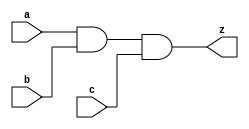
// This program was cloned from: https://github.com/siliconcompiler/lambdalib
// License: MIT License

//#############################################################################
//# Function: 3-Input AND Gate                                                #
//# Copyright: Lambda Project Authors. All rights Reserved.                   #
//# License:  MIT (see LICENSE file in Lambda repository)                     #
//#############################################################################

module la_and3 #(
    parameter PROP = "DEFAULT"
) (
    input  a,
    input  b,
    input  c,
    output z
);

    assign z = a & b & c;

endmodule